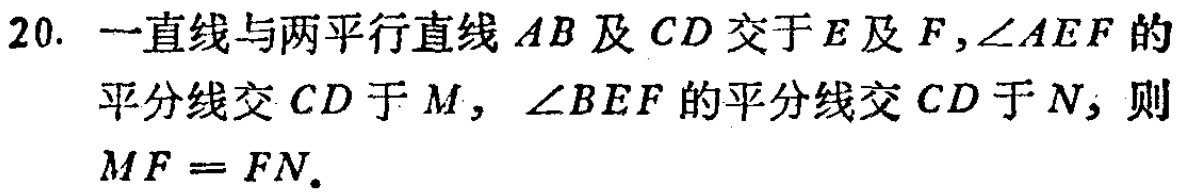
20. 一直线与两平行直线 \(AB\) 及 \(CD\) 交于 \(E\) 及 \(F\)，\(\angle AEF\) 的平分线交 \(CD\) 于 \(M\)，\(\angle BEF\) 的平分线交 \(CD\) 于 \(N\)，则 \(MF = FN\).